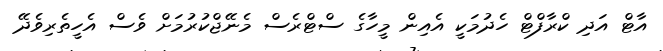
އާޓް އަދި ކްރާފްޓް ހެދުމަކީ އެއިން މީހާގެ ސްޓްރެސް މެނޭޖްކުރުމަށް ވެސް އެހީތެރިވެދޭ